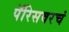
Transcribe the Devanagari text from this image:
पॅरिसवरचं